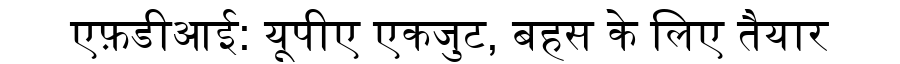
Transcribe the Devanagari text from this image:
एफ़डीआई: यूपीए एकजुट, बहस के लिए तैयार